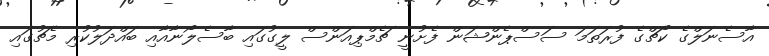
އާސެނަލްގެ ކޯޗްގެ ފުރަތަމަ ސަސްޕެންޝަން ފެށުނީ ޗެމްޕިއަންސް ލީގުގައި ބާސެލޯނާއާއި ބައްދަލުކުރި މެޗުގައި